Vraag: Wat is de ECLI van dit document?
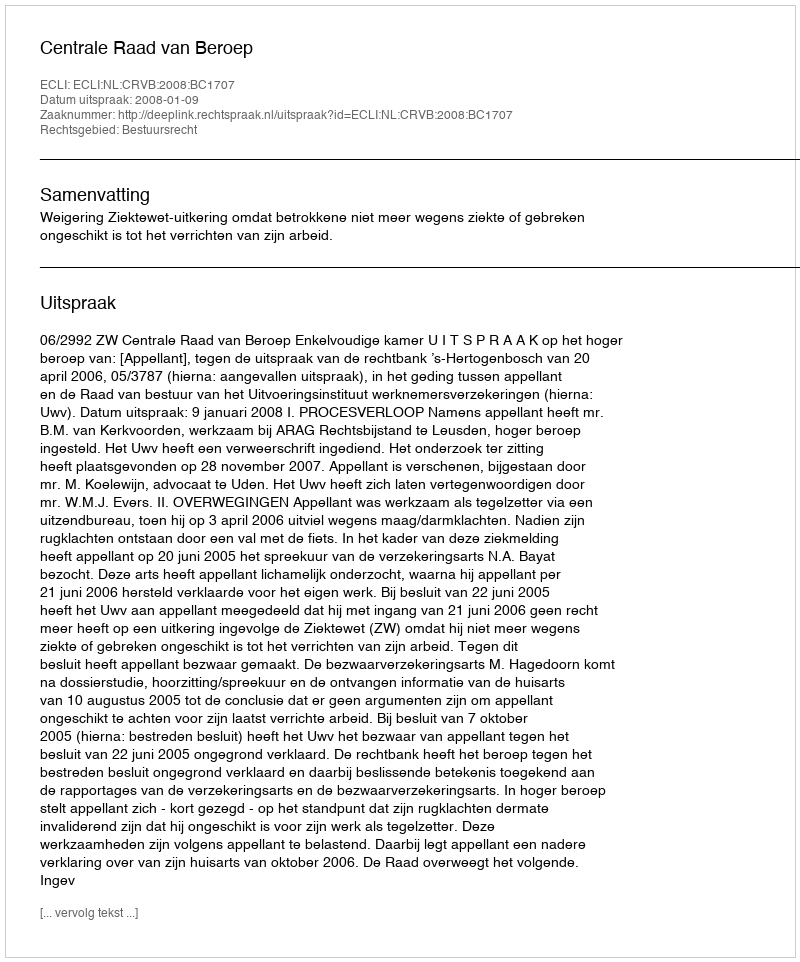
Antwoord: ECLI:NL:CRVB:2008:BC1707